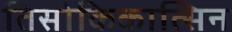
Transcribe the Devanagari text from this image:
तिसोकिकात्सिन